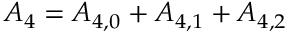
{ A _ { 4 } } = { A _ { 4 , 0 } } + { A _ { 4 , 1 } } + { A _ { 4 , 2 } }